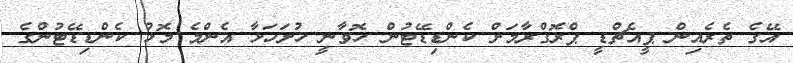
އޭގެ ތެރެއިން ޕީއެޗްޑީ ޕްރޮގްރާމަށް ކެންޑިޑޭޓުން ހޮވާނީ ހުށަހަޅާ އެންމެ މޮޅު ކެންޑިޑޭޓުންގެ